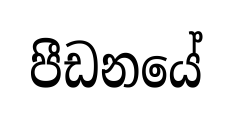
පීඩනයේ